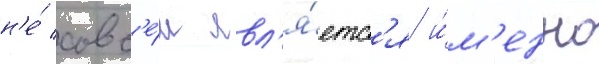
н'е́ совс'е́м явл'я́етс'я и́м'енно